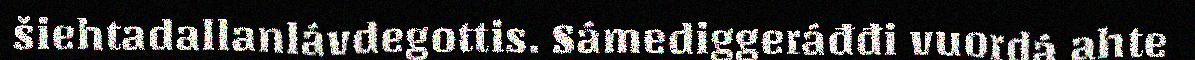
šiehtadallanlávdegottis. Sámediggeráđđi vuordá ahte